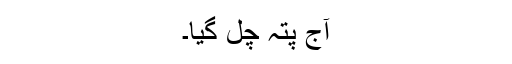
آج پتہ چل گیا۔